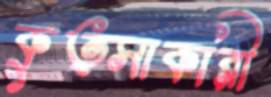
কুত্সাকারী